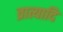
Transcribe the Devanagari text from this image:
व्रात्यादि